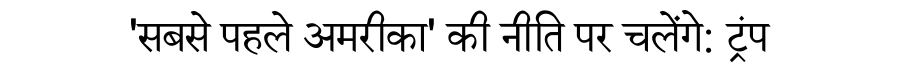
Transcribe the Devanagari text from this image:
'सबसे पहले अमरीका' की नीति पर चलेंगे: ट्रंप